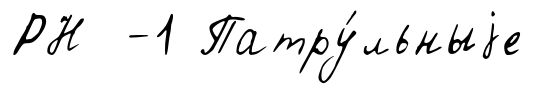
РН -1 Патру́льныjе